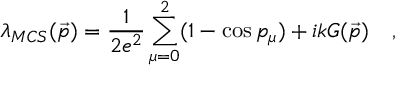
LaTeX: \lambda _ { M C S } ( \vec { p } ) = \frac { 1 } { 2 e ^ { 2 } } \sum _ { \mu = 0 } ^ { 2 } ( 1 - \cos p _ { \mu } ) + i k G ( \vec { p } ) \quad ,